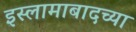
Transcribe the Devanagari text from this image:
इस्लामाबादच्या